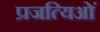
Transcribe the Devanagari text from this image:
प्रजत्यिओं